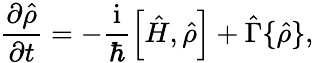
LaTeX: \frac{\partial{\hat{\rho}}}{\partial t}=-\frac{\mathrm{i}}{\hbar}\left[{\hat{H}},{\hat{\rho}}\right]+{\hat{\Gamma}}\{ {\hat{\rho}}\} ,